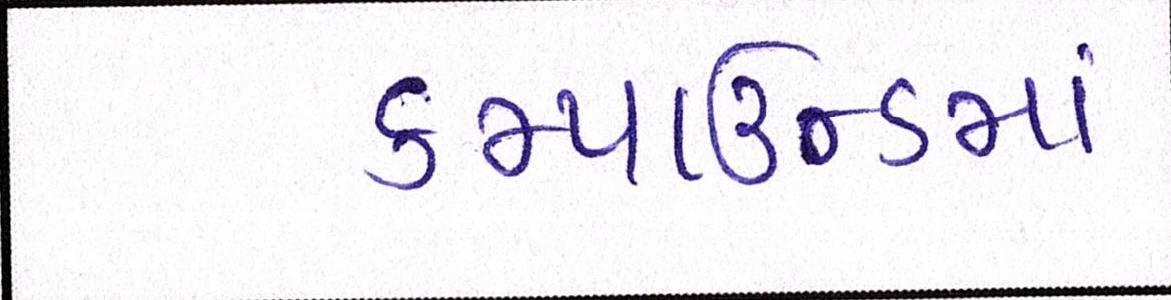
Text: કમ્પાઉન્ડમાં